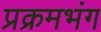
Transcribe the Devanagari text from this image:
प्रक्रमभंग